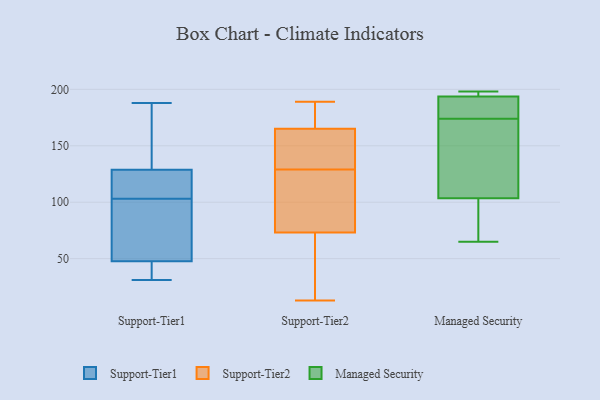
{"axis": {"x": "Operating Costs (USD K)", "y": "Value"}, "legend": ["Managed Security", "Support-Tier1", "Support-Tier2"], "data": [{"x": "", "y": 31, "type": "Support-Tier1"}, {"x": "", "y": 178, "type": "Support-Tier1"}, {"x": "", "y": 51, "type": "Support-Tier1"}, {"x": "", "y": 188, "type": "Support-Tier1"}, {"x": "", "y": 103, "type": "Support-Tier1"}, {"x": "", "y": 118, "type": "Support-Tier1"}, {"x": "", "y": 126, "type": "Support-Tier1"}, {"x": "", "y": 65, "type": "Support-Tier1"}, {"x": "", "y": 67, "type": "Support-Tier1"}, {"x": "", "y": 38, "type": "Support-Tier1"}, {"x": "", "y": 123, "type": "Support-Tier1"}, {"x": "", "y": 32, "type": "Support-Tier1"}, {"x": "", "y": 137, "type": "Support-Tier1"}, {"x": "", "y": 13, "type": "Support-Tier2"}, {"x": "", "y": 80, "type": "Support-Tier2"}, {"x": "", "y": 114, "type": "Support-Tier2"}, {"x": "", "y": 88, "type": "Support-Tier2"}, {"x": "", "y": 40, "type": "Support-Tier2"}, {"x": "", "y": 129, "type": "Support-Tier2"}, {"x": "", "y": 38, "type": "Support-Tier2"}, {"x": "", "y": 119, "type": "Support-Tier2"}, {"x": "", "y": 146, "type": "Support-Tier2"}, {"x": "", "y": 53, "type": "Support-Tier2"}, {"x": "", "y": 153, "type": "Support-Tier2"}, {"x": "", "y": 174, "type": "Support-Tier2"}, {"x": "", "y": 189, "type": "Support-Tier2"}, {"x": "", "y": 174, "type": "Support-Tier2"}, {"x": "", "y": 132, "type": "Support-Tier2"}, {"x": "", "y": 188, "type": "Support-Tier2"}, {"x": "", "y": 162, "type": "Support-Tier2"}, {"x": "", "y": 65, "type": "Managed Security"}, {"x": "", "y": 141, "type": "Managed Security"}, {"x": "", "y": 183, "type": "Managed Security"}, {"x": "", "y": 193, "type": "Managed Security"}, {"x": "", "y": 81, "type": "Managed Security"}, {"x": "", "y": 196, "type": "Managed Security"}, {"x": "", "y": 111, "type": "Managed Security"}, {"x": "", "y": 191, "type": "Managed Security"}, {"x": "", "y": 198, "type": "Managed Security"}, {"x": "", "y": 118, "type": "Managed Security"}, {"x": "", "y": 78, "type": "Managed Security"}, {"x": "", "y": 197, "type": "Managed Security"}, {"x": "", "y": 174, "type": "Managed Security"}]}